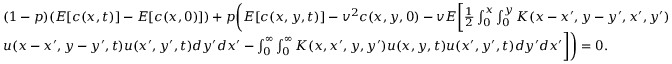
\begin{array} { r l } & { ( 1 - p ) ( E [ c ( x , t ) ] - E [ c ( x , 0 ) ] ) + p \bigg ( E [ c ( x , y , t ) ] - v ^ { 2 } c ( x , y , 0 ) - v E \bigg [ \frac { 1 } { 2 } \int _ { 0 } ^ { x } \int _ { 0 } ^ { y } K ( x - x ^ { \prime } , y - y ^ { \prime } , x ^ { \prime } , y ^ { \prime } ) } \\ & { u ( x - x ^ { \prime } , y - y ^ { \prime } , t ) u ( x ^ { \prime } , y ^ { \prime } , t ) d y ^ { \prime } d x ^ { \prime } - \int _ { 0 } ^ { \infty } \int _ { 0 } ^ { \infty } K ( x , x ^ { \prime } , y , y ^ { \prime } ) u ( x , y , t ) u ( x ^ { \prime } , y ^ { \prime } , t ) d y ^ { \prime } d x ^ { \prime } \bigg ] \bigg ) = 0 . } \end{array}